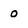
Character: 0